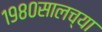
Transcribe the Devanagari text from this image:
१९८०सालच्या